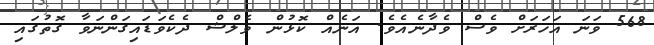
568 ވަނަ އަހަރަށް ވެސް ވެދާނެއެވެ. އަނެއް ކޮޅުން ވެލްޝް ދެކެވަޑައިގަންނަވާ ގޮތުގައި